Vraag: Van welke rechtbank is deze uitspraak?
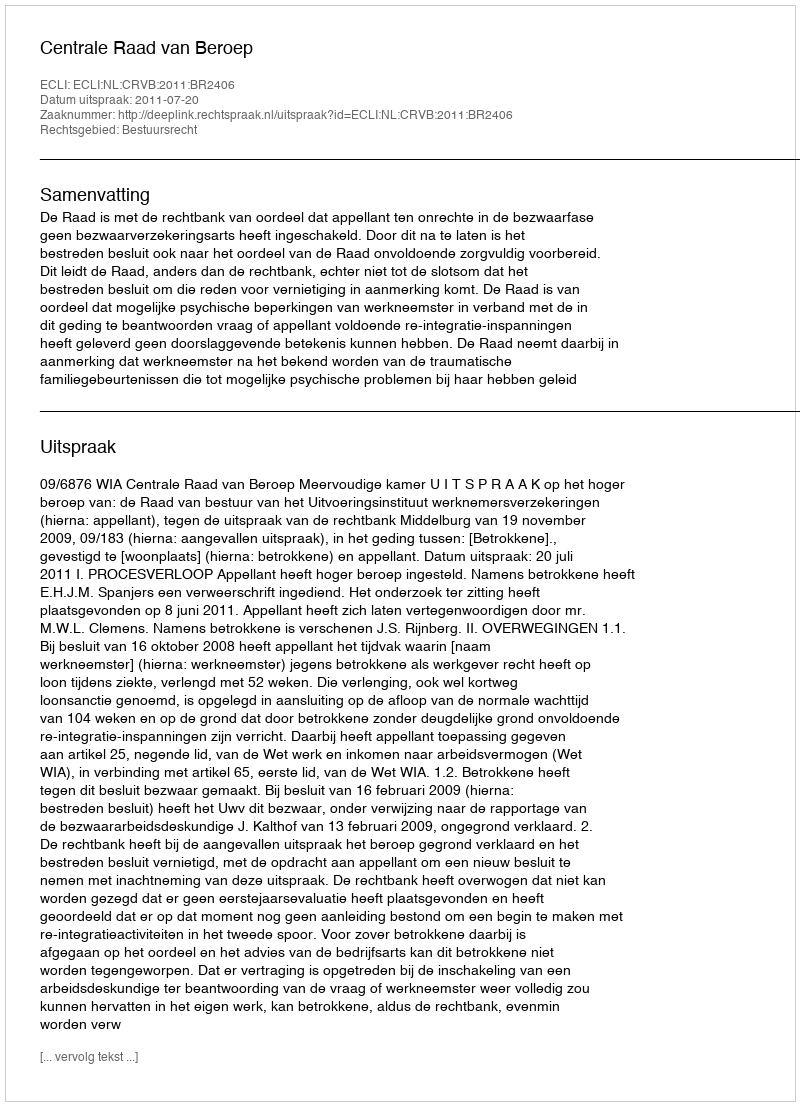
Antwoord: Centrale Raad van Beroep